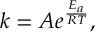
k = A e ^ { \frac { E _ { a } } { R T } } ,